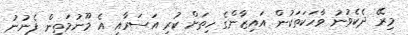
މިރޭ ދެކެވުނު ވާހަކަތަކުން އައިޒާންގެ ހިތަށް ކުރި އަސަރާއި އެ މޫނުމަތިން ފެނުނު